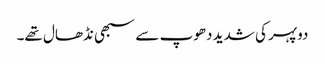
دوپہر کی شدید دھوپ سے سبھی نڈھال تھے۔